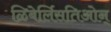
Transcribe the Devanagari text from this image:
ळिबेर्लिसतिओन्